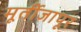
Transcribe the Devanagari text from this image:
मूर्तीजापूर